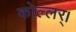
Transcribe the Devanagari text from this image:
कोल्लर्।